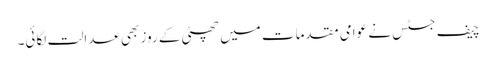
چیف جسٹس نے عوامی مقدمات میں چھٹی کے روز بھی عدالت لگائی۔